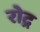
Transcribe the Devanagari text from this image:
रोद्र